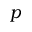
p